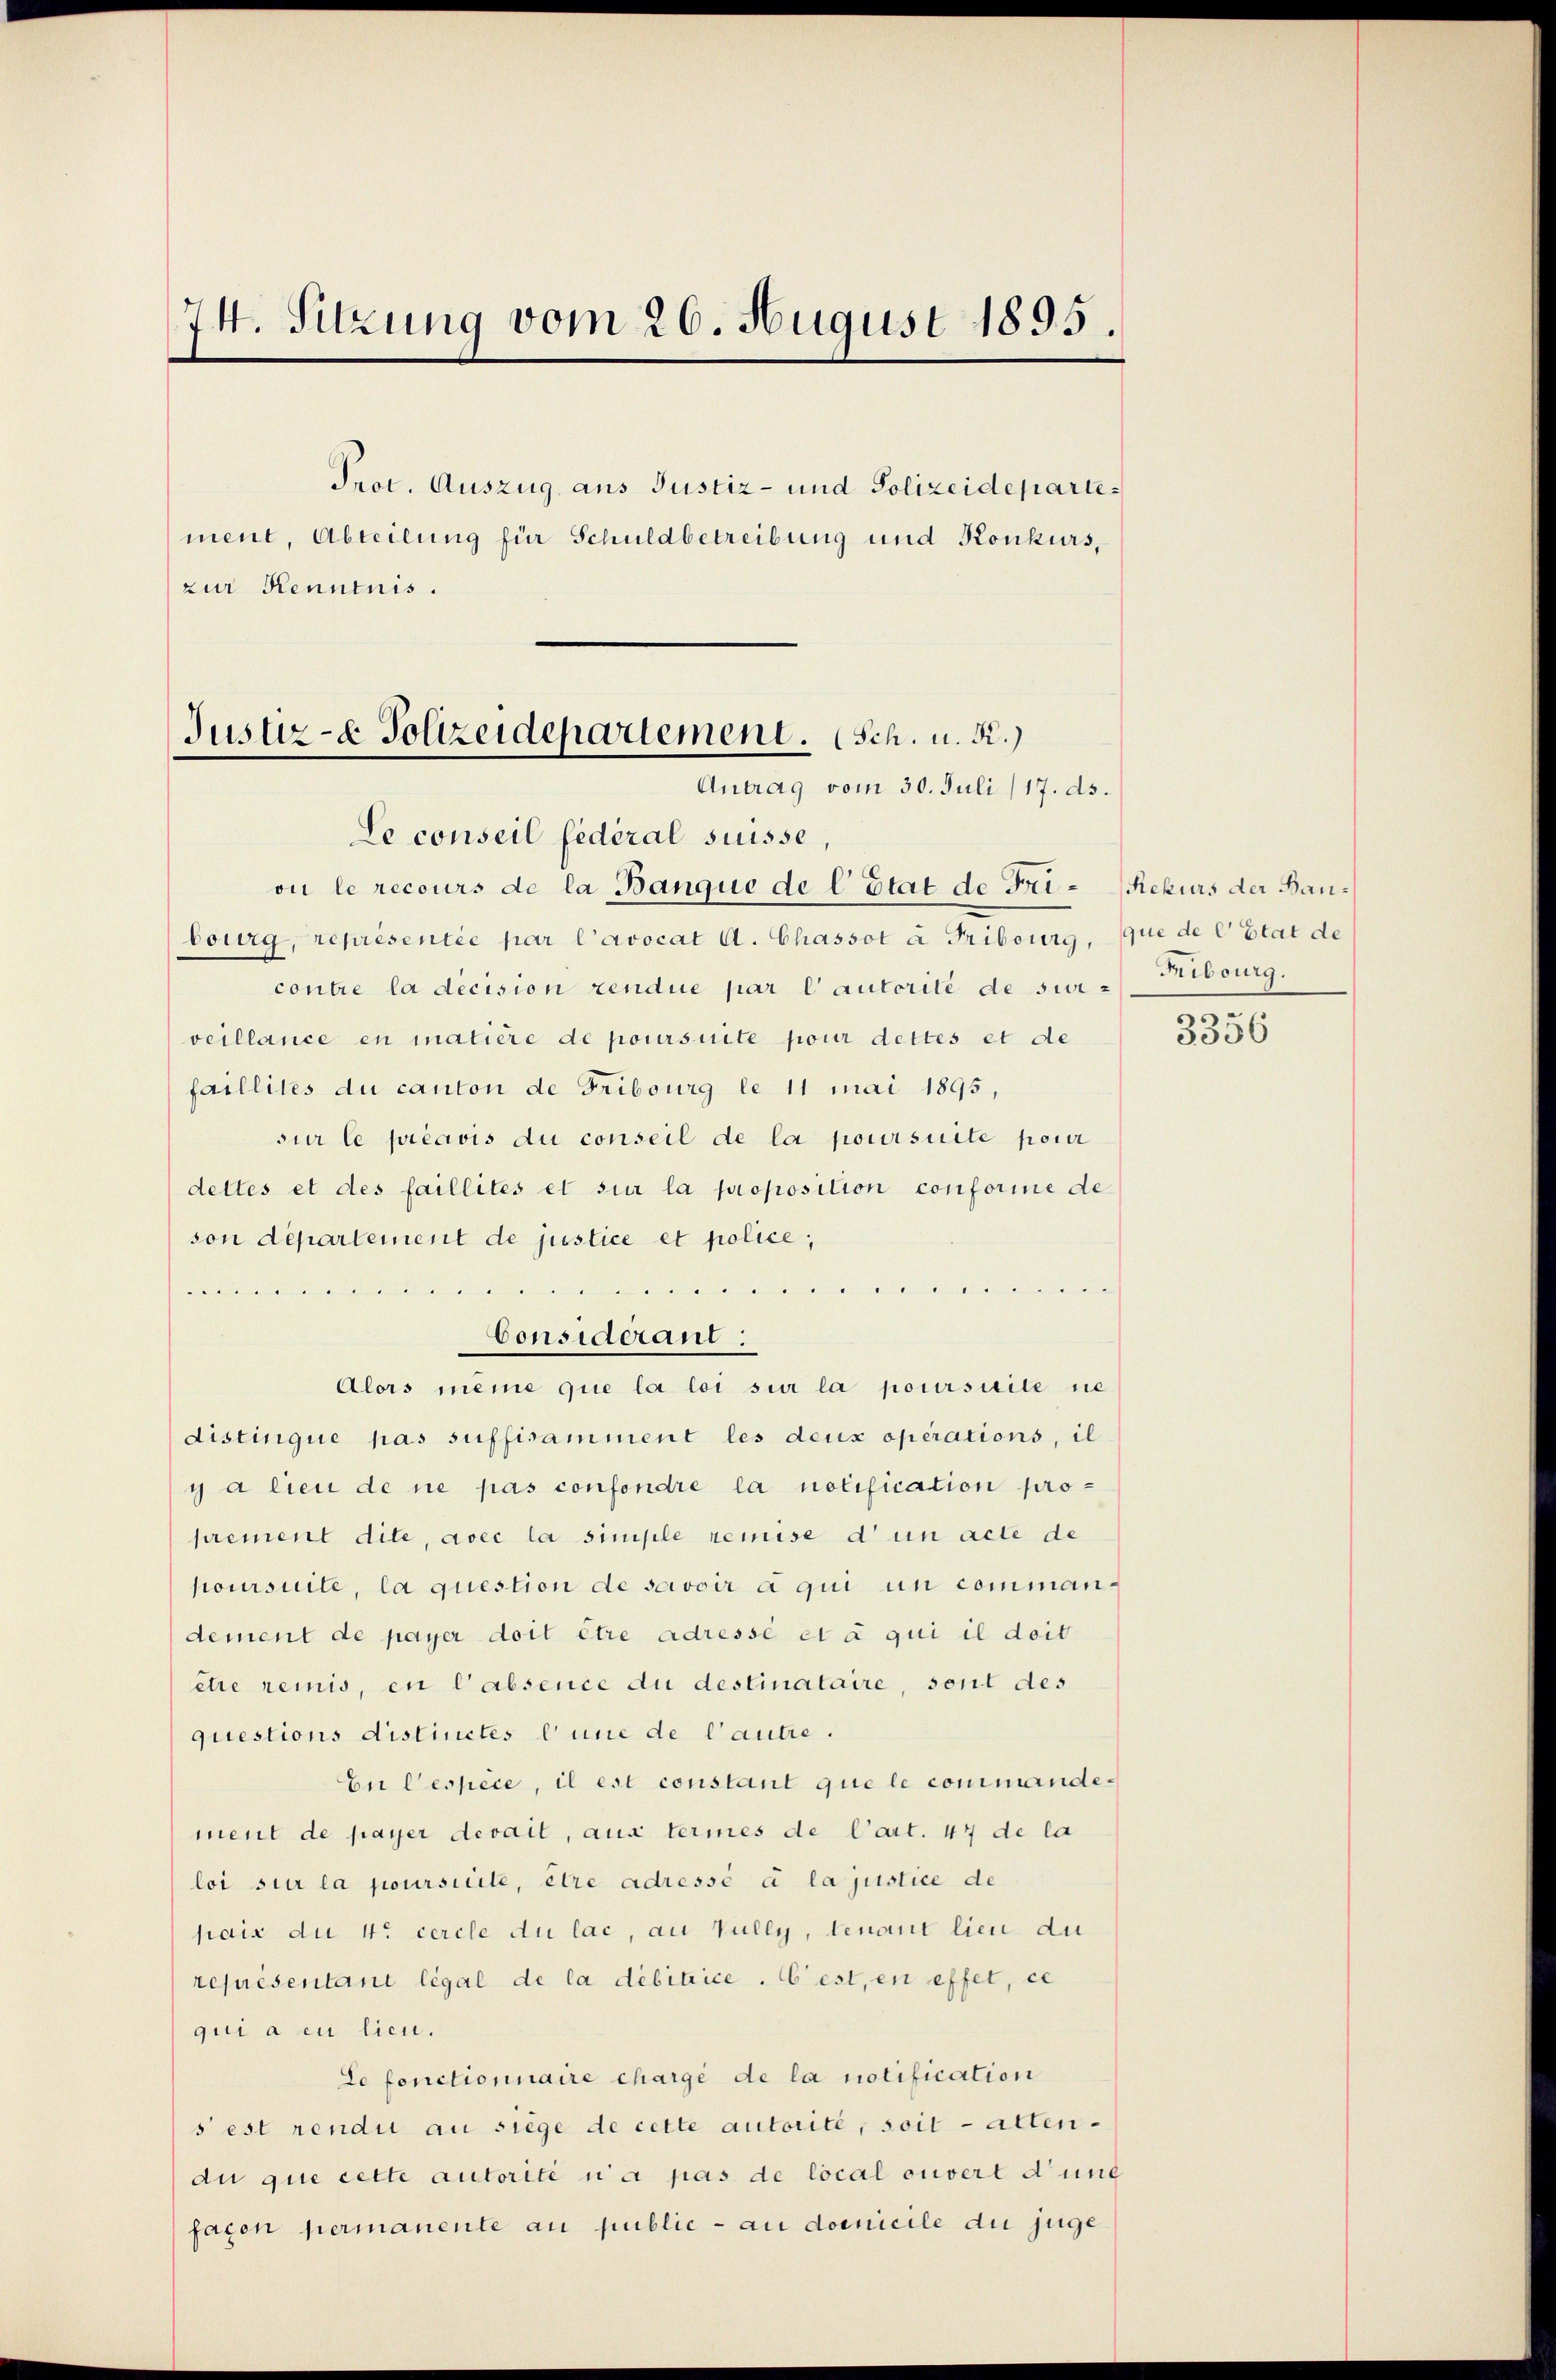
74. Sitzung vom 26. August 1895.

Prot. Auszug aus Justiz- und Polizeidepartement, Abteilung für Schuldbetreibung und Konkurs,
zur Kenntnis.

Justiz- & Polizeidepartement. (Sch. u. R.)
Antrag vom 30. Juli/17. ds.

Le conseil fédéral suisse
on le recours de la Banque de l’Etat de Fribourg, représentie par l’avocat A. Chassot à Fribourg,
contre la decision rendue par l’autorité de sur
veillance en matière de poursuite pour dettes et de
faillites du canton de Fribourg le 11 mai 1895,
sur le préavis du conseil de la poursuite pour
dettes et des faillités et sur la proposition conforine de
son departement de justice et police,

.
i
Considerant:
Alors meine que la loi sur la poursuite nie
Listinque pas suffisamment les deux operations, il
y a lieu de ne pas confondre la notification proprement dite, avec la simple remise d’un acte de
poursuite, la question de savoir à qui un commandement de payer doit être adressé et à qui il doit
etre remis, en Cabsence du destinataire, sont des
questions distinctes line de l’autre.
En Cespèce, il est constant que le commandement de payer devail, aux termes de Cart. 47 de la
loi sur la poursicile, être adressé à la justice de
paix du 4. cercle du lac, an Vully, tenant lieu du
représentant légal de la debitrice. Cest, en effet, ce
qui a eu lieu.
Le fonctionnaire chargé de la notification
s est rendu au siege de cette autorité, soit altendu que cette autorité n’a pas de local ouvert dung
faxon permanente au public - au domicile die juge

Rekurs der Bauque de l’Etat de
Fribourg.

.
3536